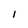
Character: I